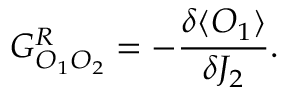
G _ { { \cal O } _ { 1 } { \cal O } _ { 2 } } ^ { R } = - \frac { \delta \langle { \cal O } _ { 1 } \rangle } { \delta J _ { 2 } } .